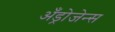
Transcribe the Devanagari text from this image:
अँड्रोजेन्स